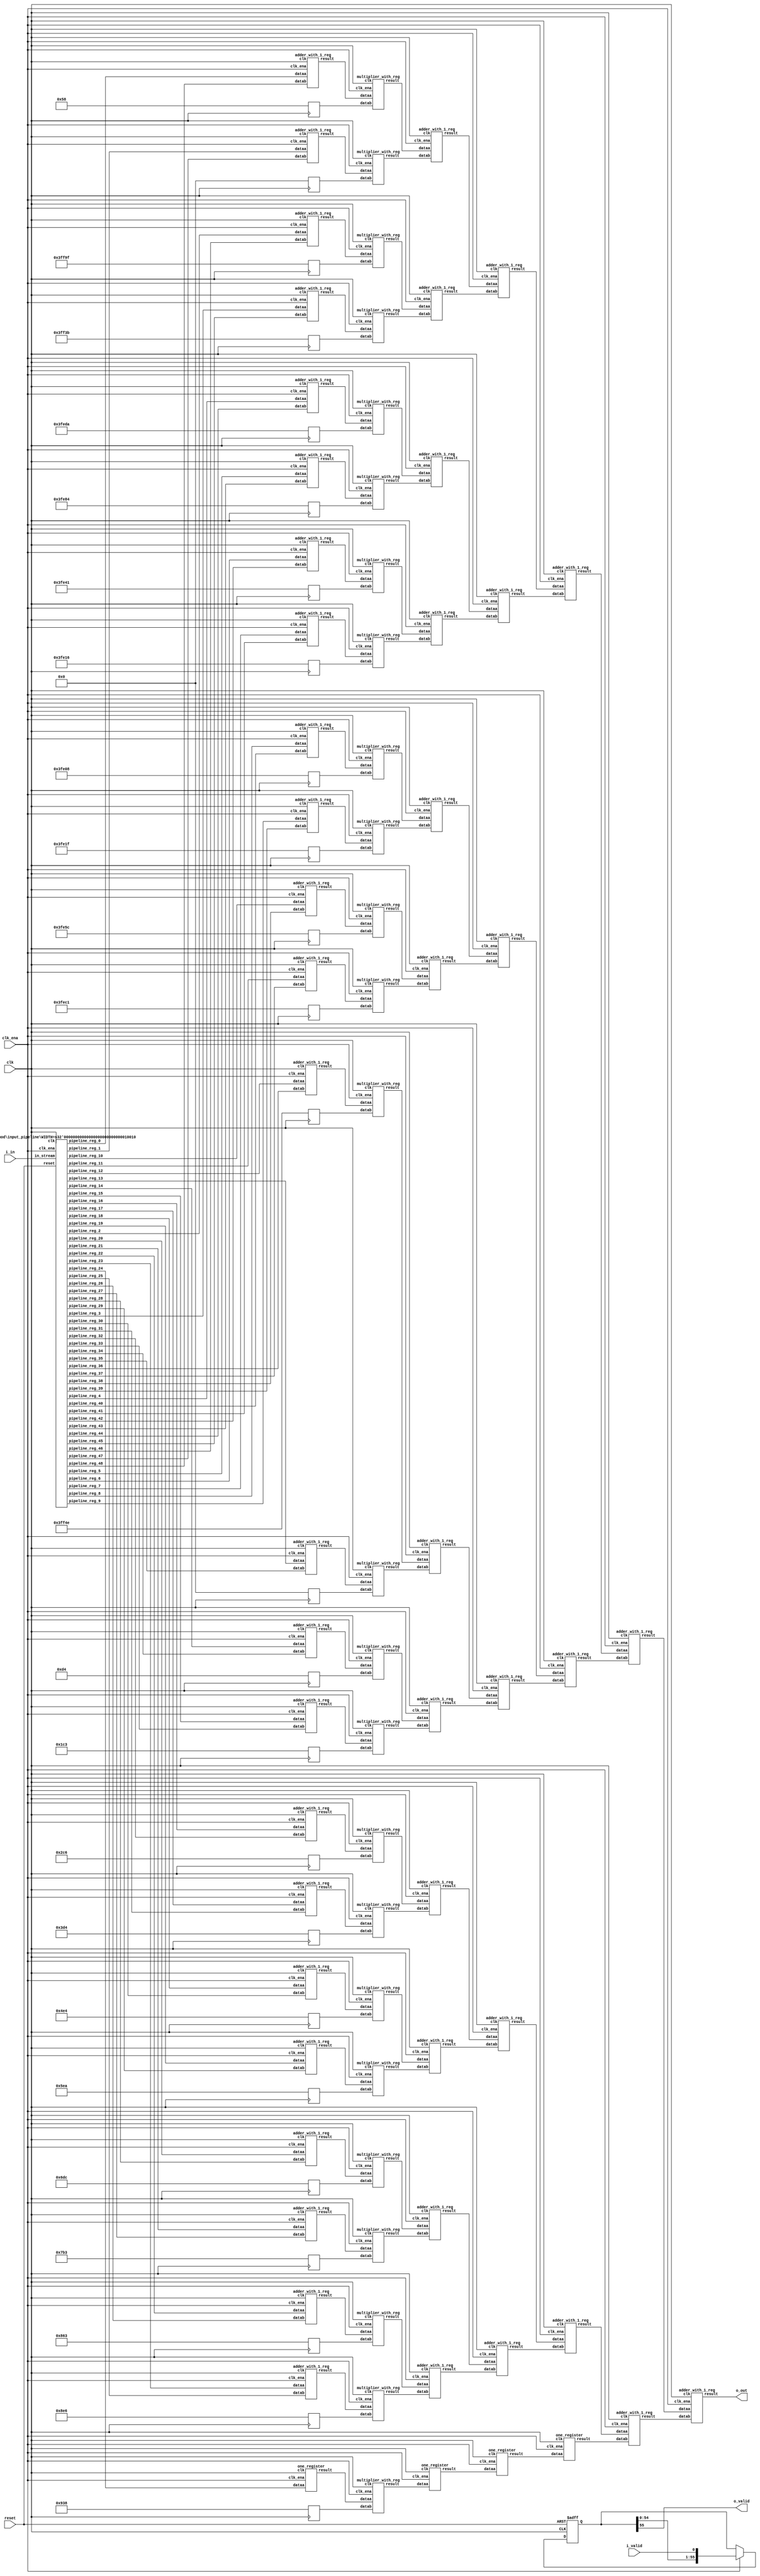
// CONFIG:
// NUM_COEFF = 49
// PIPLINED = 1

// WARNING: more than enough COEFFICIENTS in array (there are 26, and we only need 25)
module fir (
	clk,
	reset,
	clk_ena,
	i_valid,
	i_in,
	o_valid,
	o_out
);
	// Data Width
	parameter dw = 18; //Data input/output bits

	// Number of filter coefficients
	parameter N = 49;
	parameter N_UNIQ = 25; // ciel(N/2) assuming symmetric filter coefficients

	//Number of extra valid cycles needed to align output (i.e. computation pipeline depth + input/output registers
	localparam N_VALID_REGS = 56;

	input clk;
	input reset;
	input clk_ena;
	input i_valid;
	input [dw-1:0] i_in; // signed
	output o_valid;
	output [dw-1:0] o_out; // signed

	// Data Width dervied parameters
	localparam dw_add_int = 18; //Internal adder precision bits
	localparam dw_mult_int = 36; //Internal multiplier precision bits
	localparam scale_factor = 17; //Multiplier normalization shift amount

	// Number of extra registers in INPUT_PIPELINE_REG to prevent contention for CHAIN_END's chain adders
	localparam N_INPUT_REGS = 49;

	// Debug
	// initial begin
	// 	$display ("Data Width: %d", dw);
	// 	$display ("Data Width Add Internal: %d", dw_add_int);
	// 	$display ("Data Width Mult Internal: %d", dw_mult_int);
	// 	$display ("Scale Factor: %d", scale_factor);
	// end

	reg [dw-1:0] COEFFICIENT_0;
	reg [dw-1:0] COEFFICIENT_1;
	reg [dw-1:0] COEFFICIENT_2;
	reg [dw-1:0] COEFFICIENT_3;
	reg [dw-1:0] COEFFICIENT_4;
	reg [dw-1:0] COEFFICIENT_5;
	reg [dw-1:0] COEFFICIENT_6;
	reg [dw-1:0] COEFFICIENT_7;
	reg [dw-1:0] COEFFICIENT_8;
	reg [dw-1:0] COEFFICIENT_9;
	reg [dw-1:0] COEFFICIENT_10;
	reg [dw-1:0] COEFFICIENT_11;
	reg [dw-1:0] COEFFICIENT_12;
	reg [dw-1:0] COEFFICIENT_13;
	reg [dw-1:0] COEFFICIENT_14;
	reg [dw-1:0] COEFFICIENT_15;
	reg [dw-1:0] COEFFICIENT_16;
	reg [dw-1:0] COEFFICIENT_17;
	reg [dw-1:0] COEFFICIENT_18;
	reg [dw-1:0] COEFFICIENT_19;
	reg [dw-1:0] COEFFICIENT_20;
	reg [dw-1:0] COEFFICIENT_21;
	reg [dw-1:0] COEFFICIENT_22;
	reg [dw-1:0] COEFFICIENT_23;
	reg [dw-1:0] COEFFICIENT_24;

	always@(posedge clk) begin
		COEFFICIENT_0 <= 18'd88;
		COEFFICIENT_1 <= 18'd0;
		COEFFICIENT_2 <= -18'd97;
		COEFFICIENT_3 <= -18'd197;
		COEFFICIENT_4 <= -18'd294;
		COEFFICIENT_5 <= -18'd380;
		COEFFICIENT_6 <= -18'd447;
		COEFFICIENT_7 <= -18'd490;
		COEFFICIENT_8 <= -18'd504;
		COEFFICIENT_9 <= -18'd481;
		COEFFICIENT_10 <= -18'd420;
		COEFFICIENT_11 <= -18'd319;
		COEFFICIENT_12 <= -18'd178;
		COEFFICIENT_13 <= 18'd0;
		COEFFICIENT_14 <= 18'd212;
		COEFFICIENT_15 <= 18'd451;
		COEFFICIENT_16 <= 18'd710;
		COEFFICIENT_17 <= 18'd980;
		COEFFICIENT_18 <= 18'd1252;
		COEFFICIENT_19 <= 18'd1514;
		COEFFICIENT_20 <= 18'd1756;
		COEFFICIENT_21 <= 18'd1971;
		COEFFICIENT_22 <= 18'd2147;
		COEFFICIENT_23 <= 18'd2278;
		COEFFICIENT_24 <= 18'd2360;
	end

	////******************************************************
	// *
	// * Valid Delay Pipeline
	// *
	// *****************************************************
	//Input valid signal is pipelined to become output valid signal

	//Valid registers
	reg [N_VALID_REGS-1:0] VALID_PIPELINE_REGS;

	always@(posedge clk or posedge reset) begin
		if(reset) begin
			VALID_PIPELINE_REGS <= 0;
		end else begin
			if(clk_ena) begin
				VALID_PIPELINE_REGS <= {VALID_PIPELINE_REGS[N_VALID_REGS-2:0], i_valid};
			end else begin
				VALID_PIPELINE_REGS <= VALID_PIPELINE_REGS;
			end
		end
	end

	////******************************************************
	// *
	// * Input Register Pipeline
	// *
	// *****************************************************
	//Pipelined input values

	//Input value registers

	wire [dw-1:0] INPUT_PIPELINE_REG_0;
	wire [dw-1:0] INPUT_PIPELINE_REG_1;
	wire [dw-1:0] INPUT_PIPELINE_REG_2;
	wire [dw-1:0] INPUT_PIPELINE_REG_3;
	wire [dw-1:0] INPUT_PIPELINE_REG_4;
	wire [dw-1:0] INPUT_PIPELINE_REG_5;
	wire [dw-1:0] INPUT_PIPELINE_REG_6;
	wire [dw-1:0] INPUT_PIPELINE_REG_7;
	wire [dw-1:0] INPUT_PIPELINE_REG_8;
	wire [dw-1:0] INPUT_PIPELINE_REG_9;
	wire [dw-1:0] INPUT_PIPELINE_REG_10;
	wire [dw-1:0] INPUT_PIPELINE_REG_11;
	wire [dw-1:0] INPUT_PIPELINE_REG_12;
	wire [dw-1:0] INPUT_PIPELINE_REG_13;
	wire [dw-1:0] INPUT_PIPELINE_REG_14;
	wire [dw-1:0] INPUT_PIPELINE_REG_15;
	wire [dw-1:0] INPUT_PIPELINE_REG_16;
	wire [dw-1:0] INPUT_PIPELINE_REG_17;
	wire [dw-1:0] INPUT_PIPELINE_REG_18;
	wire [dw-1:0] INPUT_PIPELINE_REG_19;
	wire [dw-1:0] INPUT_PIPELINE_REG_20;
	wire [dw-1:0] INPUT_PIPELINE_REG_21;
	wire [dw-1:0] INPUT_PIPELINE_REG_22;
	wire [dw-1:0] INPUT_PIPELINE_REG_23;
	wire [dw-1:0] INPUT_PIPELINE_REG_24;
	wire [dw-1:0] INPUT_PIPELINE_REG_25;
	wire [dw-1:0] INPUT_PIPELINE_REG_26;
	wire [dw-1:0] INPUT_PIPELINE_REG_27;
	wire [dw-1:0] INPUT_PIPELINE_REG_28;
	wire [dw-1:0] INPUT_PIPELINE_REG_29;
	wire [dw-1:0] INPUT_PIPELINE_REG_30;
	wire [dw-1:0] INPUT_PIPELINE_REG_31;
	wire [dw-1:0] INPUT_PIPELINE_REG_32;
	wire [dw-1:0] INPUT_PIPELINE_REG_33;
	wire [dw-1:0] INPUT_PIPELINE_REG_34;
	wire [dw-1:0] INPUT_PIPELINE_REG_35;
	wire [dw-1:0] INPUT_PIPELINE_REG_36;
	wire [dw-1:0] INPUT_PIPELINE_REG_37;
	wire [dw-1:0] INPUT_PIPELINE_REG_38;
	wire [dw-1:0] INPUT_PIPELINE_REG_39;
	wire [dw-1:0] INPUT_PIPELINE_REG_40;
	wire [dw-1:0] INPUT_PIPELINE_REG_41;
	wire [dw-1:0] INPUT_PIPELINE_REG_42;
	wire [dw-1:0] INPUT_PIPELINE_REG_43;
	wire [dw-1:0] INPUT_PIPELINE_REG_44;
	wire [dw-1:0] INPUT_PIPELINE_REG_45;
	wire [dw-1:0] INPUT_PIPELINE_REG_46;
	wire [dw-1:0] INPUT_PIPELINE_REG_47;
	wire [dw-1:0] INPUT_PIPELINE_REG_48;

	input_pipeline in_pipe(
		.clk(clk), .clk_ena(clk_ena),
		.in_stream(i_in),
		.pipeline_reg_0(INPUT_PIPELINE_REG_0),
		.pipeline_reg_1(INPUT_PIPELINE_REG_1),
		.pipeline_reg_2(INPUT_PIPELINE_REG_2),
		.pipeline_reg_3(INPUT_PIPELINE_REG_3),
		.pipeline_reg_4(INPUT_PIPELINE_REG_4),
		.pipeline_reg_5(INPUT_PIPELINE_REG_5),
		.pipeline_reg_6(INPUT_PIPELINE_REG_6),
		.pipeline_reg_7(INPUT_PIPELINE_REG_7),
		.pipeline_reg_8(INPUT_PIPELINE_REG_8),
		.pipeline_reg_9(INPUT_PIPELINE_REG_9),
		.pipeline_reg_10(INPUT_PIPELINE_REG_10),
		.pipeline_reg_11(INPUT_PIPELINE_REG_11),
		.pipeline_reg_12(INPUT_PIPELINE_REG_12),
		.pipeline_reg_13(INPUT_PIPELINE_REG_13),
		.pipeline_reg_14(INPUT_PIPELINE_REG_14),
		.pipeline_reg_15(INPUT_PIPELINE_REG_15),
		.pipeline_reg_16(INPUT_PIPELINE_REG_16),
		.pipeline_reg_17(INPUT_PIPELINE_REG_17),
		.pipeline_reg_18(INPUT_PIPELINE_REG_18),
		.pipeline_reg_19(INPUT_PIPELINE_REG_19),
		.pipeline_reg_20(INPUT_PIPELINE_REG_20),
		.pipeline_reg_21(INPUT_PIPELINE_REG_21),
		.pipeline_reg_22(INPUT_PIPELINE_REG_22),
		.pipeline_reg_23(INPUT_PIPELINE_REG_23),
		.pipeline_reg_24(INPUT_PIPELINE_REG_24),
		.pipeline_reg_25(INPUT_PIPELINE_REG_25),
		.pipeline_reg_26(INPUT_PIPELINE_REG_26),
		.pipeline_reg_27(INPUT_PIPELINE_REG_27),
		.pipeline_reg_28(INPUT_PIPELINE_REG_28),
		.pipeline_reg_29(INPUT_PIPELINE_REG_29),
		.pipeline_reg_30(INPUT_PIPELINE_REG_30),
		.pipeline_reg_31(INPUT_PIPELINE_REG_31),
		.pipeline_reg_32(INPUT_PIPELINE_REG_32),
		.pipeline_reg_33(INPUT_PIPELINE_REG_33),
		.pipeline_reg_34(INPUT_PIPELINE_REG_34),
		.pipeline_reg_35(INPUT_PIPELINE_REG_35),
		.pipeline_reg_36(INPUT_PIPELINE_REG_36),
		.pipeline_reg_37(INPUT_PIPELINE_REG_37),
		.pipeline_reg_38(INPUT_PIPELINE_REG_38),
		.pipeline_reg_39(INPUT_PIPELINE_REG_39),
		.pipeline_reg_40(INPUT_PIPELINE_REG_40),
		.pipeline_reg_41(INPUT_PIPELINE_REG_41),
		.pipeline_reg_42(INPUT_PIPELINE_REG_42),
		.pipeline_reg_43(INPUT_PIPELINE_REG_43),
		.pipeline_reg_44(INPUT_PIPELINE_REG_44),
		.pipeline_reg_45(INPUT_PIPELINE_REG_45),
		.pipeline_reg_46(INPUT_PIPELINE_REG_46),
		.pipeline_reg_47(INPUT_PIPELINE_REG_47),
		.pipeline_reg_48(INPUT_PIPELINE_REG_48),
		.reset(reset)	);
	defparam in_pipe.WIDTH = 18; // = dw
	////******************************************************
	// *
	// * Computation Pipeline
	// *
	// *****************************************************

	// ************************* LEVEL 0 *************************   
	wire [dw-1:0] L0_output_wires_0;
	wire [dw-1:0] L0_output_wires_1;
	wire [dw-1:0] L0_output_wires_2;
	wire [dw-1:0] L0_output_wires_3;
	wire [dw-1:0] L0_output_wires_4;
	wire [dw-1:0] L0_output_wires_5;
	wire [dw-1:0] L0_output_wires_6;
	wire [dw-1:0] L0_output_wires_7;
	wire [dw-1:0] L0_output_wires_8;
	wire [dw-1:0] L0_output_wires_9;
	wire [dw-1:0] L0_output_wires_10;
	wire [dw-1:0] L0_output_wires_11;
	wire [dw-1:0] L0_output_wires_12;
	wire [dw-1:0] L0_output_wires_13;
	wire [dw-1:0] L0_output_wires_14;
	wire [dw-1:0] L0_output_wires_15;
	wire [dw-1:0] L0_output_wires_16;
	wire [dw-1:0] L0_output_wires_17;
	wire [dw-1:0] L0_output_wires_18;
	wire [dw-1:0] L0_output_wires_19;
	wire [dw-1:0] L0_output_wires_20;
	wire [dw-1:0] L0_output_wires_21;
	wire [dw-1:0] L0_output_wires_22;
	wire [dw-1:0] L0_output_wires_23;
	wire [dw-1:0] L0_output_wires_24;

	adder_with_1_reg L0_adder_0and48(
		.clk(clk), .clk_ena(clk_ena),
		.dataa (INPUT_PIPELINE_REG_0),
		.datab (INPUT_PIPELINE_REG_48),
		.result(L0_output_wires_0)
	);

	adder_with_1_reg L0_adder_1and47(
		.clk(clk), .clk_ena(clk_ena),
		.dataa (INPUT_PIPELINE_REG_1),
		.datab (INPUT_PIPELINE_REG_47),
		.result(L0_output_wires_1)
	);

	adder_with_1_reg L0_adder_2and46(
		.clk(clk), .clk_ena(clk_ena),
		.dataa (INPUT_PIPELINE_REG_2),
		.datab (INPUT_PIPELINE_REG_46),
		.result(L0_output_wires_2)
	);

	adder_with_1_reg L0_adder_3and45(
		.clk(clk), .clk_ena(clk_ena),
		.dataa (INPUT_PIPELINE_REG_3),
		.datab (INPUT_PIPELINE_REG_45),
		.result(L0_output_wires_3)
	);

	adder_with_1_reg L0_adder_4and44(
		.clk(clk), .clk_ena(clk_ena),
		.dataa (INPUT_PIPELINE_REG_4),
		.datab (INPUT_PIPELINE_REG_44),
		.result(L0_output_wires_4)
	);

	adder_with_1_reg L0_adder_5and43(
		.clk(clk), .clk_ena(clk_ena),
		.dataa (INPUT_PIPELINE_REG_5),
		.datab (INPUT_PIPELINE_REG_43),
		.result(L0_output_wires_5)
	);

	adder_with_1_reg L0_adder_6and42(
		.clk(clk), .clk_ena(clk_ena),
		.dataa (INPUT_PIPELINE_REG_6),
		.datab (INPUT_PIPELINE_REG_42),
		.result(L0_output_wires_6)
	);

	adder_with_1_reg L0_adder_7and41(
		.clk(clk), .clk_ena(clk_ena),
		.dataa (INPUT_PIPELINE_REG_7),
		.datab (INPUT_PIPELINE_REG_41),
		.result(L0_output_wires_7)
	);

	adder_with_1_reg L0_adder_8and40(
		.clk(clk), .clk_ena(clk_ena),
		.dataa (INPUT_PIPELINE_REG_8),
		.datab (INPUT_PIPELINE_REG_40),
		.result(L0_output_wires_8)
	);

	adder_with_1_reg L0_adder_9and39(
		.clk(clk), .clk_ena(clk_ena),
		.dataa (INPUT_PIPELINE_REG_9),
		.datab (INPUT_PIPELINE_REG_39),
		.result(L0_output_wires_9)
	);

	adder_with_1_reg L0_adder_10and38(
		.clk(clk), .clk_ena(clk_ena),
		.dataa (INPUT_PIPELINE_REG_10),
		.datab (INPUT_PIPELINE_REG_38),
		.result(L0_output_wires_10)
	);

	adder_with_1_reg L0_adder_11and37(
		.clk(clk), .clk_ena(clk_ena),
		.dataa (INPUT_PIPELINE_REG_11),
		.datab (INPUT_PIPELINE_REG_37),
		.result(L0_output_wires_11)
	);

	adder_with_1_reg L0_adder_12and36(
		.clk(clk), .clk_ena(clk_ena),
		.dataa (INPUT_PIPELINE_REG_12),
		.datab (INPUT_PIPELINE_REG_36),
		.result(L0_output_wires_12)
	);

	adder_with_1_reg L0_adder_13and35(
		.clk(clk), .clk_ena(clk_ena),
		.dataa (INPUT_PIPELINE_REG_13),
		.datab (INPUT_PIPELINE_REG_35),
		.result(L0_output_wires_13)
	);

	adder_with_1_reg L0_adder_14and34(
		.clk(clk), .clk_ena(clk_ena),
		.dataa (INPUT_PIPELINE_REG_14),
		.datab (INPUT_PIPELINE_REG_34),
		.result(L0_output_wires_14)
	);

	adder_with_1_reg L0_adder_15and33(
		.clk(clk), .clk_ena(clk_ena),
		.dataa (INPUT_PIPELINE_REG_15),
		.datab (INPUT_PIPELINE_REG_33),
		.result(L0_output_wires_15)
	);

	adder_with_1_reg L0_adder_16and32(
		.clk(clk), .clk_ena(clk_ena),
		.dataa (INPUT_PIPELINE_REG_16),
		.datab (INPUT_PIPELINE_REG_32),
		.result(L0_output_wires_16)
	);

	adder_with_1_reg L0_adder_17and31(
		.clk(clk), .clk_ena(clk_ena),
		.dataa (INPUT_PIPELINE_REG_17),
		.datab (INPUT_PIPELINE_REG_31),
		.result(L0_output_wires_17)
	);

	adder_with_1_reg L0_adder_18and30(
		.clk(clk), .clk_ena(clk_ena),
		.dataa (INPUT_PIPELINE_REG_18),
		.datab (INPUT_PIPELINE_REG_30),
		.result(L0_output_wires_18)
	);

	adder_with_1_reg L0_adder_19and29(
		.clk(clk), .clk_ena(clk_ena),
		.dataa (INPUT_PIPELINE_REG_19),
		.datab (INPUT_PIPELINE_REG_29),
		.result(L0_output_wires_19)
	);

	adder_with_1_reg L0_adder_20and28(
		.clk(clk), .clk_ena(clk_ena),
		.dataa (INPUT_PIPELINE_REG_20),
		.datab (INPUT_PIPELINE_REG_28),
		.result(L0_output_wires_20)
	);

	adder_with_1_reg L0_adder_21and27(
		.clk(clk), .clk_ena(clk_ena),
		.dataa (INPUT_PIPELINE_REG_21),
		.datab (INPUT_PIPELINE_REG_27),
		.result(L0_output_wires_21)
	);

	adder_with_1_reg L0_adder_22and26(
		.clk(clk), .clk_ena(clk_ena),
		.dataa (INPUT_PIPELINE_REG_22),
		.datab (INPUT_PIPELINE_REG_26),
		.result(L0_output_wires_22)
	);

	adder_with_1_reg L0_adder_23and25(
		.clk(clk), .clk_ena(clk_ena),
		.dataa (INPUT_PIPELINE_REG_23),
		.datab (INPUT_PIPELINE_REG_25),
		.result(L0_output_wires_23)
	);

	// (24 main tree Adders)

	// ********* Byes ********   
	one_register L0_byereg_for_24(
		.clk(clk), .clk_ena(clk_ena),
		.dataa (INPUT_PIPELINE_REG_24),
		.result(L0_output_wires_24)
	);

	// (1 byes)

	// ************************* LEVEL 1 *************************   
	// **************** Multipliers ****************   
	wire [dw-1:0] L1_mult_wires_0;
	wire [dw-1:0] L1_mult_wires_1;
	wire [dw-1:0] L1_mult_wires_2;
	wire [dw-1:0] L1_mult_wires_3;
	wire [dw-1:0] L1_mult_wires_4;
	wire [dw-1:0] L1_mult_wires_5;
	wire [dw-1:0] L1_mult_wires_6;
	wire [dw-1:0] L1_mult_wires_7;
	wire [dw-1:0] L1_mult_wires_8;
	wire [dw-1:0] L1_mult_wires_9;
	wire [dw-1:0] L1_mult_wires_10;
	wire [dw-1:0] L1_mult_wires_11;
	wire [dw-1:0] L1_mult_wires_12;
	wire [dw-1:0] L1_mult_wires_13;
	wire [dw-1:0] L1_mult_wires_14;
	wire [dw-1:0] L1_mult_wires_15;
	wire [dw-1:0] L1_mult_wires_16;
	wire [dw-1:0] L1_mult_wires_17;
	wire [dw-1:0] L1_mult_wires_18;
	wire [dw-1:0] L1_mult_wires_19;
	wire [dw-1:0] L1_mult_wires_20;
	wire [dw-1:0] L1_mult_wires_21;
	wire [dw-1:0] L1_mult_wires_22;
	wire [dw-1:0] L1_mult_wires_23;
	wire [dw-1:0] L1_mult_wires_24;

	multiplier_with_reg L1_mul_0(
		.clk(clk), .clk_ena(clk_ena),
		.dataa (L0_output_wires_0),
		.datab (COEFFICIENT_0),
		.result(L1_mult_wires_0)
	);

	multiplier_with_reg L1_mul_1(
		.clk(clk), .clk_ena(clk_ena),
		.dataa (L0_output_wires_1),
		.datab (COEFFICIENT_1),
		.result(L1_mult_wires_1)
	);

	multiplier_with_reg L1_mul_2(
		.clk(clk), .clk_ena(clk_ena),
		.dataa (L0_output_wires_2),
		.datab (COEFFICIENT_2),
		.result(L1_mult_wires_2)
	);

	multiplier_with_reg L1_mul_3(
		.clk(clk), .clk_ena(clk_ena),
		.dataa (L0_output_wires_3),
		.datab (COEFFICIENT_3),
		.result(L1_mult_wires_3)
	);

	multiplier_with_reg L1_mul_4(
		.clk(clk), .clk_ena(clk_ena),
		.dataa (L0_output_wires_4),
		.datab (COEFFICIENT_4),
		.result(L1_mult_wires_4)
	);

	multiplier_with_reg L1_mul_5(
		.clk(clk), .clk_ena(clk_ena),
		.dataa (L0_output_wires_5),
		.datab (COEFFICIENT_5),
		.result(L1_mult_wires_5)
	);

	multiplier_with_reg L1_mul_6(
		.clk(clk), .clk_ena(clk_ena),
		.dataa (L0_output_wires_6),
		.datab (COEFFICIENT_6),
		.result(L1_mult_wires_6)
	);

	multiplier_with_reg L1_mul_7(
		.clk(clk), .clk_ena(clk_ena),
		.dataa (L0_output_wires_7),
		.datab (COEFFICIENT_7),
		.result(L1_mult_wires_7)
	);

	multiplier_with_reg L1_mul_8(
		.clk(clk), .clk_ena(clk_ena),
		.dataa (L0_output_wires_8),
		.datab (COEFFICIENT_8),
		.result(L1_mult_wires_8)
	);

	multiplier_with_reg L1_mul_9(
		.clk(clk), .clk_ena(clk_ena),
		.dataa (L0_output_wires_9),
		.datab (COEFFICIENT_9),
		.result(L1_mult_wires_9)
	);

	multiplier_with_reg L1_mul_10(
		.clk(clk), .clk_ena(clk_ena),
		.dataa (L0_output_wires_10),
		.datab (COEFFICIENT_10),
		.result(L1_mult_wires_10)
	);

	multiplier_with_reg L1_mul_11(
		.clk(clk), .clk_ena(clk_ena),
		.dataa (L0_output_wires_11),
		.datab (COEFFICIENT_11),
		.result(L1_mult_wires_11)
	);

	multiplier_with_reg L1_mul_12(
		.clk(clk), .clk_ena(clk_ena),
		.dataa (L0_output_wires_12),
		.datab (COEFFICIENT_12),
		.result(L1_mult_wires_12)
	);

	multiplier_with_reg L1_mul_13(
		.clk(clk), .clk_ena(clk_ena),
		.dataa (L0_output_wires_13),
		.datab (COEFFICIENT_13),
		.result(L1_mult_wires_13)
	);

	multiplier_with_reg L1_mul_14(
		.clk(clk), .clk_ena(clk_ena),
		.dataa (L0_output_wires_14),
		.datab (COEFFICIENT_14),
		.result(L1_mult_wires_14)
	);

	multiplier_with_reg L1_mul_15(
		.clk(clk), .clk_ena(clk_ena),
		.dataa (L0_output_wires_15),
		.datab (COEFFICIENT_15),
		.result(L1_mult_wires_15)
	);

	multiplier_with_reg L1_mul_16(
		.clk(clk), .clk_ena(clk_ena),
		.dataa (L0_output_wires_16),
		.datab (COEFFICIENT_16),
		.result(L1_mult_wires_16)
	);

	multiplier_with_reg L1_mul_17(
		.clk(clk), .clk_ena(clk_ena),
		.dataa (L0_output_wires_17),
		.datab (COEFFICIENT_17),
		.result(L1_mult_wires_17)
	);

	multiplier_with_reg L1_mul_18(
		.clk(clk), .clk_ena(clk_ena),
		.dataa (L0_output_wires_18),
		.datab (COEFFICIENT_18),
		.result(L1_mult_wires_18)
	);

	multiplier_with_reg L1_mul_19(
		.clk(clk), .clk_ena(clk_ena),
		.dataa (L0_output_wires_19),
		.datab (COEFFICIENT_19),
		.result(L1_mult_wires_19)
	);

	multiplier_with_reg L1_mul_20(
		.clk(clk), .clk_ena(clk_ena),
		.dataa (L0_output_wires_20),
		.datab (COEFFICIENT_20),
		.result(L1_mult_wires_20)
	);

	multiplier_with_reg L1_mul_21(
		.clk(clk), .clk_ena(clk_ena),
		.dataa (L0_output_wires_21),
		.datab (COEFFICIENT_21),
		.result(L1_mult_wires_21)
	);

	multiplier_with_reg L1_mul_22(
		.clk(clk), .clk_ena(clk_ena),
		.dataa (L0_output_wires_22),
		.datab (COEFFICIENT_22),
		.result(L1_mult_wires_22)
	);

	multiplier_with_reg L1_mul_23(
		.clk(clk), .clk_ena(clk_ena),
		.dataa (L0_output_wires_23),
		.datab (COEFFICIENT_23),
		.result(L1_mult_wires_23)
	);

	multiplier_with_reg L1_mul_24(
		.clk(clk), .clk_ena(clk_ena),
		.dataa (L0_output_wires_24),
		.datab (COEFFICIENT_24),
		.result(L1_mult_wires_24)
	);

	// (25 Multipliers)

	// **************** Adders ****************   
	wire [dw-1:0] L1_output_wires_0;
	wire [dw-1:0] L1_output_wires_1;
	wire [dw-1:0] L1_output_wires_2;
	wire [dw-1:0] L1_output_wires_3;
	wire [dw-1:0] L1_output_wires_4;
	wire [dw-1:0] L1_output_wires_5;
	wire [dw-1:0] L1_output_wires_6;
	wire [dw-1:0] L1_output_wires_7;
	wire [dw-1:0] L1_output_wires_8;
	wire [dw-1:0] L1_output_wires_9;
	wire [dw-1:0] L1_output_wires_10;
	wire [dw-1:0] L1_output_wires_11;
	wire [dw-1:0] L1_output_wires_12;

	adder_with_1_reg L1_adder_0and1(
		.clk(clk), .clk_ena(clk_ena),
		.dataa (L1_mult_wires_0),
		.datab (L1_mult_wires_1),
		.result(L1_output_wires_0)
	);

	adder_with_1_reg L1_adder_2and3(
		.clk(clk), .clk_ena(clk_ena),
		.dataa (L1_mult_wires_2),
		.datab (L1_mult_wires_3),
		.result(L1_output_wires_1)
	);

	adder_with_1_reg L1_adder_4and5(
		.clk(clk), .clk_ena(clk_ena),
		.dataa (L1_mult_wires_4),
		.datab (L1_mult_wires_5),
		.result(L1_output_wires_2)
	);

	adder_with_1_reg L1_adder_6and7(
		.clk(clk), .clk_ena(clk_ena),
		.dataa (L1_mult_wires_6),
		.datab (L1_mult_wires_7),
		.result(L1_output_wires_3)
	);

	adder_with_1_reg L1_adder_8and9(
		.clk(clk), .clk_ena(clk_ena),
		.dataa (L1_mult_wires_8),
		.datab (L1_mult_wires_9),
		.result(L1_output_wires_4)
	);

	adder_with_1_reg L1_adder_10and11(
		.clk(clk), .clk_ena(clk_ena),
		.dataa (L1_mult_wires_10),
		.datab (L1_mult_wires_11),
		.result(L1_output_wires_5)
	);

	adder_with_1_reg L1_adder_12and13(
		.clk(clk), .clk_ena(clk_ena),
		.dataa (L1_mult_wires_12),
		.datab (L1_mult_wires_13),
		.result(L1_output_wires_6)
	);

	adder_with_1_reg L1_adder_14and15(
		.clk(clk), .clk_ena(clk_ena),
		.dataa (L1_mult_wires_14),
		.datab (L1_mult_wires_15),
		.result(L1_output_wires_7)
	);

	adder_with_1_reg L1_adder_16and17(
		.clk(clk), .clk_ena(clk_ena),
		.dataa (L1_mult_wires_16),
		.datab (L1_mult_wires_17),
		.result(L1_output_wires_8)
	);

	adder_with_1_reg L1_adder_18and19(
		.clk(clk), .clk_ena(clk_ena),
		.dataa (L1_mult_wires_18),
		.datab (L1_mult_wires_19),
		.result(L1_output_wires_9)
	);

	adder_with_1_reg L1_adder_20and21(
		.clk(clk), .clk_ena(clk_ena),
		.dataa (L1_mult_wires_20),
		.datab (L1_mult_wires_21),
		.result(L1_output_wires_10)
	);

	adder_with_1_reg L1_adder_22and23(
		.clk(clk), .clk_ena(clk_ena),
		.dataa (L1_mult_wires_22),
		.datab (L1_mult_wires_23),
		.result(L1_output_wires_11)
	);

	// (12 main tree Adders)

	// ********* Byes ********   
	one_register L1_byereg_for_24(
		.clk(clk), .clk_ena(clk_ena),
		.dataa (L1_mult_wires_24),
		.result(L1_output_wires_12)
	);

	// (1 byes)

	// ************************* LEVEL 2 *************************   
	wire [dw-1:0] L2_output_wires_0;
	wire [dw-1:0] L2_output_wires_1;
	wire [dw-1:0] L2_output_wires_2;
	wire [dw-1:0] L2_output_wires_3;
	wire [dw-1:0] L2_output_wires_4;
	wire [dw-1:0] L2_output_wires_5;
	wire [dw-1:0] L2_output_wires_6;

	adder_with_1_reg L2_adder_0and1(
		.clk(clk), .clk_ena(clk_ena),
		.dataa (L1_output_wires_0),
		.datab (L1_output_wires_1),
		.result(L2_output_wires_0)
	);

	adder_with_1_reg L2_adder_2and3(
		.clk(clk), .clk_ena(clk_ena),
		.dataa (L1_output_wires_2),
		.datab (L1_output_wires_3),
		.result(L2_output_wires_1)
	);

	adder_with_1_reg L2_adder_4and5(
		.clk(clk), .clk_ena(clk_ena),
		.dataa (L1_output_wires_4),
		.datab (L1_output_wires_5),
		.result(L2_output_wires_2)
	);

	adder_with_1_reg L2_adder_6and7(
		.clk(clk), .clk_ena(clk_ena),
		.dataa (L1_output_wires_6),
		.datab (L1_output_wires_7),
		.result(L2_output_wires_3)
	);

	adder_with_1_reg L2_adder_8and9(
		.clk(clk), .clk_ena(clk_ena),
		.dataa (L1_output_wires_8),
		.datab (L1_output_wires_9),
		.result(L2_output_wires_4)
	);

	adder_with_1_reg L2_adder_10and11(
		.clk(clk), .clk_ena(clk_ena),
		.dataa (L1_output_wires_10),
		.datab (L1_output_wires_11),
		.result(L2_output_wires_5)
	);

	// (6 main tree Adders)

	// ********* Byes ********   
	one_register L2_byereg_for_12(
		.clk(clk), .clk_ena(clk_ena),
		.dataa (L1_output_wires_12),
		.result(L2_output_wires_6)
	);

	// (1 byes)

	// ************************* LEVEL 3 *************************   
	wire [dw-1:0] L3_output_wires_0;
	wire [dw-1:0] L3_output_wires_1;
	wire [dw-1:0] L3_output_wires_2;
	wire [dw-1:0] L3_output_wires_3;

	adder_with_1_reg L3_adder_0and1(
		.clk(clk), .clk_ena(clk_ena),
		.dataa (L2_output_wires_0),
		.datab (L2_output_wires_1),
		.result(L3_output_wires_0)
	);

	adder_with_1_reg L3_adder_2and3(
		.clk(clk), .clk_ena(clk_ena),
		.dataa (L2_output_wires_2),
		.datab (L2_output_wires_3),
		.result(L3_output_wires_1)
	);

	adder_with_1_reg L3_adder_4and5(
		.clk(clk), .clk_ena(clk_ena),
		.dataa (L2_output_wires_4),
		.datab (L2_output_wires_5),
		.result(L3_output_wires_2)
	);

	// (3 main tree Adders)

	// ********* Byes ********   
	one_register L3_byereg_for_6(
		.clk(clk), .clk_ena(clk_ena),
		.dataa (L2_output_wires_6),
		.result(L3_output_wires_3)
	);

	// (1 byes)

	// ************************* LEVEL 4 *************************   
	wire [dw-1:0] L4_output_wires_0;
	wire [dw-1:0] L4_output_wires_1;

	adder_with_1_reg L4_adder_0and1(
		.clk(clk), .clk_ena(clk_ena),
		.dataa (L3_output_wires_0),
		.datab (L3_output_wires_1),
		.result(L4_output_wires_0)
	);

	adder_with_1_reg L4_adder_2and3(
		.clk(clk), .clk_ena(clk_ena),
		.dataa (L3_output_wires_2),
		.datab (L3_output_wires_3),
		.result(L4_output_wires_1)
	);

	// (2 main tree Adders)

	// ************************* LEVEL 5 *************************   
	wire [dw-1:0] L5_output_wires_0;

	adder_with_1_reg L5_adder_0and1(
		.clk(clk), .clk_ena(clk_ena),
		.dataa (L4_output_wires_0),
		.datab (L4_output_wires_1),
		.result(L5_output_wires_0)
	);

	// (1 main tree Adders)

	////******************************************************
	// *
	// * Output Logic
	// *
	// *****************************************************
	//Actual outputs
	assign o_out = L5_output_wires_0;

	assign o_valid = VALID_PIPELINE_REGS[N_VALID_REGS-1];

endmodule


module input_pipeline (
	clk,
	clk_ena,
	in_stream,
	pipeline_reg_0,
	pipeline_reg_1,
	pipeline_reg_2,
	pipeline_reg_3,
	pipeline_reg_4,
	pipeline_reg_5,
	pipeline_reg_6,
	pipeline_reg_7,
	pipeline_reg_8,
	pipeline_reg_9,
	pipeline_reg_10,
	pipeline_reg_11,
	pipeline_reg_12,
	pipeline_reg_13,
	pipeline_reg_14,
	pipeline_reg_15,
	pipeline_reg_16,
	pipeline_reg_17,
	pipeline_reg_18,
	pipeline_reg_19,
	pipeline_reg_20,
	pipeline_reg_21,
	pipeline_reg_22,
	pipeline_reg_23,
	pipeline_reg_24,
	pipeline_reg_25,
	pipeline_reg_26,
	pipeline_reg_27,
	pipeline_reg_28,
	pipeline_reg_29,
	pipeline_reg_30,
	pipeline_reg_31,
	pipeline_reg_32,
	pipeline_reg_33,
	pipeline_reg_34,
	pipeline_reg_35,
	pipeline_reg_36,
	pipeline_reg_37,
	pipeline_reg_38,
	pipeline_reg_39,
	pipeline_reg_40,
	pipeline_reg_41,
	pipeline_reg_42,
	pipeline_reg_43,
	pipeline_reg_44,
	pipeline_reg_45,
	pipeline_reg_46,
	pipeline_reg_47,
	pipeline_reg_48,
	reset);
	parameter WIDTH = 1;
	//Input value registers
	input clk;
	input clk_ena;
	input [WIDTH-1:0] in_stream;
	output [WIDTH-1:0] pipeline_reg_0;
	output [WIDTH-1:0] pipeline_reg_1;
	output [WIDTH-1:0] pipeline_reg_2;
	output [WIDTH-1:0] pipeline_reg_3;
	output [WIDTH-1:0] pipeline_reg_4;
	output [WIDTH-1:0] pipeline_reg_5;
	output [WIDTH-1:0] pipeline_reg_6;
	output [WIDTH-1:0] pipeline_reg_7;
	output [WIDTH-1:0] pipeline_reg_8;
	output [WIDTH-1:0] pipeline_reg_9;
	output [WIDTH-1:0] pipeline_reg_10;
	output [WIDTH-1:0] pipeline_reg_11;
	output [WIDTH-1:0] pipeline_reg_12;
	output [WIDTH-1:0] pipeline_reg_13;
	output [WIDTH-1:0] pipeline_reg_14;
	output [WIDTH-1:0] pipeline_reg_15;
	output [WIDTH-1:0] pipeline_reg_16;
	output [WIDTH-1:0] pipeline_reg_17;
	output [WIDTH-1:0] pipeline_reg_18;
	output [WIDTH-1:0] pipeline_reg_19;
	output [WIDTH-1:0] pipeline_reg_20;
	output [WIDTH-1:0] pipeline_reg_21;
	output [WIDTH-1:0] pipeline_reg_22;
	output [WIDTH-1:0] pipeline_reg_23;
	output [WIDTH-1:0] pipeline_reg_24;
	output [WIDTH-1:0] pipeline_reg_25;
	output [WIDTH-1:0] pipeline_reg_26;
	output [WIDTH-1:0] pipeline_reg_27;
	output [WIDTH-1:0] pipeline_reg_28;
	output [WIDTH-1:0] pipeline_reg_29;
	output [WIDTH-1:0] pipeline_reg_30;
	output [WIDTH-1:0] pipeline_reg_31;
	output [WIDTH-1:0] pipeline_reg_32;
	output [WIDTH-1:0] pipeline_reg_33;
	output [WIDTH-1:0] pipeline_reg_34;
	output [WIDTH-1:0] pipeline_reg_35;
	output [WIDTH-1:0] pipeline_reg_36;
	output [WIDTH-1:0] pipeline_reg_37;
	output [WIDTH-1:0] pipeline_reg_38;
	output [WIDTH-1:0] pipeline_reg_39;
	output [WIDTH-1:0] pipeline_reg_40;
	output [WIDTH-1:0] pipeline_reg_41;
	output [WIDTH-1:0] pipeline_reg_42;
	output [WIDTH-1:0] pipeline_reg_43;
	output [WIDTH-1:0] pipeline_reg_44;
	output [WIDTH-1:0] pipeline_reg_45;
	output [WIDTH-1:0] pipeline_reg_46;
	output [WIDTH-1:0] pipeline_reg_47;
	output [WIDTH-1:0] pipeline_reg_48;
	reg [WIDTH-1:0] pipeline_reg_0;
	reg [WIDTH-1:0] pipeline_reg_1;
	reg [WIDTH-1:0] pipeline_reg_2;
	reg [WIDTH-1:0] pipeline_reg_3;
	reg [WIDTH-1:0] pipeline_reg_4;
	reg [WIDTH-1:0] pipeline_reg_5;
	reg [WIDTH-1:0] pipeline_reg_6;
	reg [WIDTH-1:0] pipeline_reg_7;
	reg [WIDTH-1:0] pipeline_reg_8;
	reg [WIDTH-1:0] pipeline_reg_9;
	reg [WIDTH-1:0] pipeline_reg_10;
	reg [WIDTH-1:0] pipeline_reg_11;
	reg [WIDTH-1:0] pipeline_reg_12;
	reg [WIDTH-1:0] pipeline_reg_13;
	reg [WIDTH-1:0] pipeline_reg_14;
	reg [WIDTH-1:0] pipeline_reg_15;
	reg [WIDTH-1:0] pipeline_reg_16;
	reg [WIDTH-1:0] pipeline_reg_17;
	reg [WIDTH-1:0] pipeline_reg_18;
	reg [WIDTH-1:0] pipeline_reg_19;
	reg [WIDTH-1:0] pipeline_reg_20;
	reg [WIDTH-1:0] pipeline_reg_21;
	reg [WIDTH-1:0] pipeline_reg_22;
	reg [WIDTH-1:0] pipeline_reg_23;
	reg [WIDTH-1:0] pipeline_reg_24;
	reg [WIDTH-1:0] pipeline_reg_25;
	reg [WIDTH-1:0] pipeline_reg_26;
	reg [WIDTH-1:0] pipeline_reg_27;
	reg [WIDTH-1:0] pipeline_reg_28;
	reg [WIDTH-1:0] pipeline_reg_29;
	reg [WIDTH-1:0] pipeline_reg_30;
	reg [WIDTH-1:0] pipeline_reg_31;
	reg [WIDTH-1:0] pipeline_reg_32;
	reg [WIDTH-1:0] pipeline_reg_33;
	reg [WIDTH-1:0] pipeline_reg_34;
	reg [WIDTH-1:0] pipeline_reg_35;
	reg [WIDTH-1:0] pipeline_reg_36;
	reg [WIDTH-1:0] pipeline_reg_37;
	reg [WIDTH-1:0] pipeline_reg_38;
	reg [WIDTH-1:0] pipeline_reg_39;
	reg [WIDTH-1:0] pipeline_reg_40;
	reg [WIDTH-1:0] pipeline_reg_41;
	reg [WIDTH-1:0] pipeline_reg_42;
	reg [WIDTH-1:0] pipeline_reg_43;
	reg [WIDTH-1:0] pipeline_reg_44;
	reg [WIDTH-1:0] pipeline_reg_45;
	reg [WIDTH-1:0] pipeline_reg_46;
	reg [WIDTH-1:0] pipeline_reg_47;
	reg [WIDTH-1:0] pipeline_reg_48;
	input reset;

	always@(posedge clk or posedge reset) begin
		if(reset) begin
			pipeline_reg_0 <= 0;
			pipeline_reg_1 <= 0;
			pipeline_reg_2 <= 0;
			pipeline_reg_3 <= 0;
			pipeline_reg_4 <= 0;
			pipeline_reg_5 <= 0;
			pipeline_reg_6 <= 0;
			pipeline_reg_7 <= 0;
			pipeline_reg_8 <= 0;
			pipeline_reg_9 <= 0;
			pipeline_reg_10 <= 0;
			pipeline_reg_11 <= 0;
			pipeline_reg_12 <= 0;
			pipeline_reg_13 <= 0;
			pipeline_reg_14 <= 0;
			pipeline_reg_15 <= 0;
			pipeline_reg_16 <= 0;
			pipeline_reg_17 <= 0;
			pipeline_reg_18 <= 0;
			pipeline_reg_19 <= 0;
			pipeline_reg_20 <= 0;
			pipeline_reg_21 <= 0;
			pipeline_reg_22 <= 0;
			pipeline_reg_23 <= 0;
			pipeline_reg_24 <= 0;
			pipeline_reg_25 <= 0;
			pipeline_reg_26 <= 0;
			pipeline_reg_27 <= 0;
			pipeline_reg_28 <= 0;
			pipeline_reg_29 <= 0;
			pipeline_reg_30 <= 0;
			pipeline_reg_31 <= 0;
			pipeline_reg_32 <= 0;
			pipeline_reg_33 <= 0;
			pipeline_reg_34 <= 0;
			pipeline_reg_35 <= 0;
			pipeline_reg_36 <= 0;
			pipeline_reg_37 <= 0;
			pipeline_reg_38 <= 0;
			pipeline_reg_39 <= 0;
			pipeline_reg_40 <= 0;
			pipeline_reg_41 <= 0;
			pipeline_reg_42 <= 0;
			pipeline_reg_43 <= 0;
			pipeline_reg_44 <= 0;
			pipeline_reg_45 <= 0;
			pipeline_reg_46 <= 0;
			pipeline_reg_47 <= 0;
			pipeline_reg_48 <= 0;
		end else begin
			if(clk_ena) begin
				pipeline_reg_0 <= in_stream;
				pipeline_reg_1 <= pipeline_reg_0;
				pipeline_reg_2 <= pipeline_reg_1;
				pipeline_reg_3 <= pipeline_reg_2;
				pipeline_reg_4 <= pipeline_reg_3;
				pipeline_reg_5 <= pipeline_reg_4;
				pipeline_reg_6 <= pipeline_reg_5;
				pipeline_reg_7 <= pipeline_reg_6;
				pipeline_reg_8 <= pipeline_reg_7;
				pipeline_reg_9 <= pipeline_reg_8;
				pipeline_reg_10 <= pipeline_reg_9;
				pipeline_reg_11 <= pipeline_reg_10;
				pipeline_reg_12 <= pipeline_reg_11;
				pipeline_reg_13 <= pipeline_reg_12;
				pipeline_reg_14 <= pipeline_reg_13;
				pipeline_reg_15 <= pipeline_reg_14;
				pipeline_reg_16 <= pipeline_reg_15;
				pipeline_reg_17 <= pipeline_reg_16;
				pipeline_reg_18 <= pipeline_reg_17;
				pipeline_reg_19 <= pipeline_reg_18;
				pipeline_reg_20 <= pipeline_reg_19;
				pipeline_reg_21 <= pipeline_reg_20;
				pipeline_reg_22 <= pipeline_reg_21;
				pipeline_reg_23 <= pipeline_reg_22;
				pipeline_reg_24 <= pipeline_reg_23;
				pipeline_reg_25 <= pipeline_reg_24;
				pipeline_reg_26 <= pipeline_reg_25;
				pipeline_reg_27 <= pipeline_reg_26;
				pipeline_reg_28 <= pipeline_reg_27;
				pipeline_reg_29 <= pipeline_reg_28;
				pipeline_reg_30 <= pipeline_reg_29;
				pipeline_reg_31 <= pipeline_reg_30;
				pipeline_reg_32 <= pipeline_reg_31;
				pipeline_reg_33 <= pipeline_reg_32;
				pipeline_reg_34 <= pipeline_reg_33;
				pipeline_reg_35 <= pipeline_reg_34;
				pipeline_reg_36 <= pipeline_reg_35;
				pipeline_reg_37 <= pipeline_reg_36;
				pipeline_reg_38 <= pipeline_reg_37;
				pipeline_reg_39 <= pipeline_reg_38;
				pipeline_reg_40 <= pipeline_reg_39;
				pipeline_reg_41 <= pipeline_reg_40;
				pipeline_reg_42 <= pipeline_reg_41;
				pipeline_reg_43 <= pipeline_reg_42;
				pipeline_reg_44 <= pipeline_reg_43;
				pipeline_reg_45 <= pipeline_reg_44;
				pipeline_reg_46 <= pipeline_reg_45;
				pipeline_reg_47 <= pipeline_reg_46;
				pipeline_reg_48 <= pipeline_reg_47;
			end //else begin
				//pipeline_reg_0 <= pipeline_reg_0;
				//pipeline_reg_1 <= pipeline_reg_1;
				//pipeline_reg_2 <= pipeline_reg_2;
				//pipeline_reg_3 <= pipeline_reg_3;
				//pipeline_reg_4 <= pipeline_reg_4;
				//pipeline_reg_5 <= pipeline_reg_5;
				//pipeline_reg_6 <= pipeline_reg_6;
				//pipeline_reg_7 <= pipeline_reg_7;
				//pipeline_reg_8 <= pipeline_reg_8;
				//pipeline_reg_9 <= pipeline_reg_9;
				//pipeline_reg_10 <= pipeline_reg_10;
				//pipeline_reg_11 <= pipeline_reg_11;
				//pipeline_reg_12 <= pipeline_reg_12;
				//pipeline_reg_13 <= pipeline_reg_13;
				//pipeline_reg_14 <= pipeline_reg_14;
				//pipeline_reg_15 <= pipeline_reg_15;
				//pipeline_reg_16 <= pipeline_reg_16;
				//pipeline_reg_17 <= pipeline_reg_17;
				//pipeline_reg_18 <= pipeline_reg_18;
				//pipeline_reg_19 <= pipeline_reg_19;
				//pipeline_reg_20 <= pipeline_reg_20;
				//pipeline_reg_21 <= pipeline_reg_21;
				//pipeline_reg_22 <= pipeline_reg_22;
				//pipeline_reg_23 <= pipeline_reg_23;
				//pipeline_reg_24 <= pipeline_reg_24;
				//pipeline_reg_25 <= pipeline_reg_25;
				//pipeline_reg_26 <= pipeline_reg_26;
				//pipeline_reg_27 <= pipeline_reg_27;
				//pipeline_reg_28 <= pipeline_reg_28;
				//pipeline_reg_29 <= pipeline_reg_29;
				//pipeline_reg_30 <= pipeline_reg_30;
				//pipeline_reg_31 <= pipeline_reg_31;
				//pipeline_reg_32 <= pipeline_reg_32;
				//pipeline_reg_33 <= pipeline_reg_33;
				//pipeline_reg_34 <= pipeline_reg_34;
				//pipeline_reg_35 <= pipeline_reg_35;
				//pipeline_reg_36 <= pipeline_reg_36;
				//pipeline_reg_37 <= pipeline_reg_37;
				//pipeline_reg_38 <= pipeline_reg_38;
				//pipeline_reg_39 <= pipeline_reg_39;
				//pipeline_reg_40 <= pipeline_reg_40;
				//pipeline_reg_41 <= pipeline_reg_41;
				//pipeline_reg_42 <= pipeline_reg_42;
				//pipeline_reg_43 <= pipeline_reg_43;
				//pipeline_reg_44 <= pipeline_reg_44;
				//pipeline_reg_45 <= pipeline_reg_45;
				//pipeline_reg_46 <= pipeline_reg_46;
				//pipeline_reg_47 <= pipeline_reg_47;
				//pipeline_reg_48 <= pipeline_reg_48;
			//end
		end
	end
endmodule


module adder_with_1_reg (
	clk,
	clk_ena,
	dataa,
	datab,
	result);

	input	  clk;
	input	  clk_ena;
	input	[17:0]  dataa;
	input	[17:0]  datab;
	output	[17:0]  result;

	reg     [17:0]  result;

	always @(posedge clk) begin
		if(clk_ena) begin
			result <= dataa + datab;
		end
	end

endmodule


module multiplier_with_reg (
	clk,
	clk_ena,
	dataa,
	datab,
	result);

	input	  clk;
	input	  clk_ena;
	input	[17:0]  dataa;
	input	[17:0]  datab;
	output	[17:0]  result;

	reg     [17:0]  result;

	always @(posedge clk) begin
		if(clk_ena) begin
			result <= dataa * datab;
		end
	end

endmodule


module one_register (
	clk,
	clk_ena,
	dataa,
	result);

	input	  clk;
	input	  clk_ena;
	input	[17:0]  dataa;
	output	[17:0]  result;

	reg     [17:0]  result;

	always @(posedge clk) begin
		if(clk_ena) begin
			result <= dataa;
		end
	end

endmodule